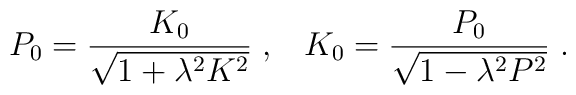
P_0 = \frac{K_0}{\sqrt{1 + \lambda^2 K^2}} \; , \; \; \; K_0 = \frac{P_0}{\sqrt{1 - \lambda^2 P^2}} \; .